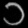
Digit: ၁